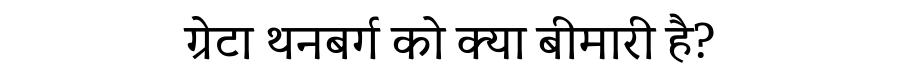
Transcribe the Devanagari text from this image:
ग्रेटा थनबर्ग को क्या बीमारी है?